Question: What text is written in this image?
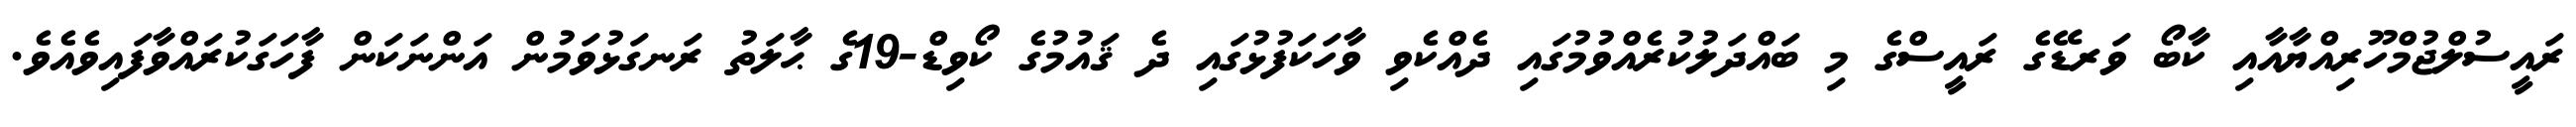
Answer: ރައީސުލްޖުމްހޫރިއްޔާއާއި ކާބޯ ވަރޑޭގެ ރައީސްގެ މި ބައްދަލުކުރެއްވުމުގައި ދެއްކެވި ވާހަކަފުޅުގައި ދެ ޤައުމުގެ ކޯވިޑް-19ގެ ޙާލަތު ރަނގަޅުވަމުން އަންނަކަން ފާހަގަކުރައްވާފައިވެއެވެ.